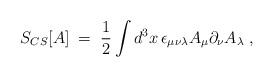
LaTeX: \begin{align*}S_{CS}[A]\;=\;\frac{1}{2}\int d^{3}x\,\epsilon _{\mu \nu \lambda }A_{\mu}\partial _{\nu }A_{\lambda }\;, \end{align*}